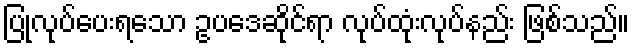
ပြုလုပ်ပေးရသော ဥပဒေဆိုင်ရာ လုပ်ထုံးလုပ်နည်း ဖြစ်သည်။